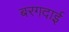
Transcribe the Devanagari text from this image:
बरगदाई